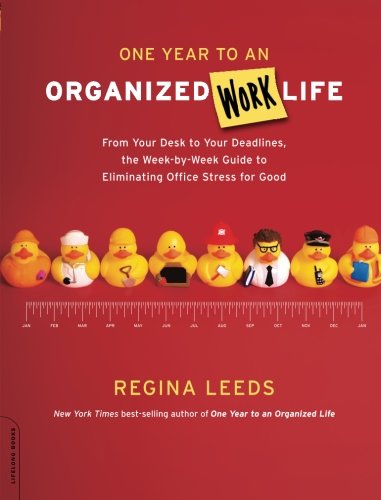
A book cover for One Year to an Organized Work Life: From Your Desk to Your Deadlines, the Week-by-Week Guide to Eliminating Office Stress for Good; Regina Leeds; Self-Help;